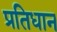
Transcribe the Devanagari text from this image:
प्रतिधान